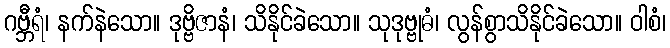
ဂဗ္ဘီရံ၊ နက်နဲသော။ ဒုဗ္ဗိဇာနံ၊ သိနိုင်ခဲသော။ သုဒုဗ္ဗုဓံ၊ လွန်စွာသိနိုင်ခဲသော။ ဝါစံ၊